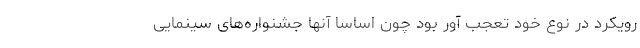
رویکرد در نوع خود تعجب آور بود چون اساسا آنها جشنواره‌های سینمایی